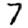
Digit: 7